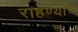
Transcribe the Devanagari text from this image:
राहण्याचं